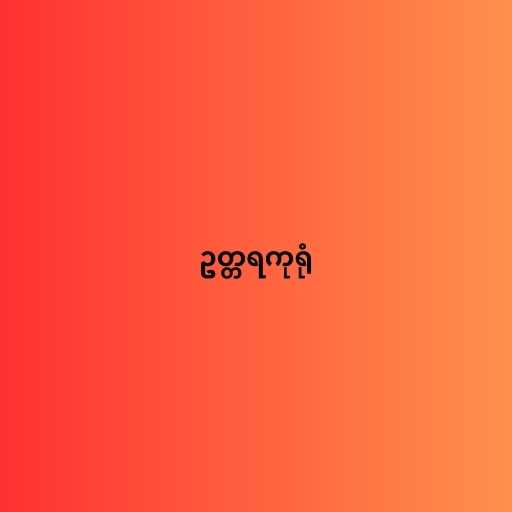
ဥတ္တရကုရုံ